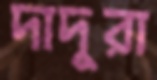
দাদুরা